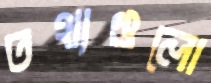
তথ্যগুলো